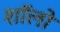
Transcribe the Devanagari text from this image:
शॉलो